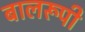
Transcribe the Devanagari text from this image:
बालरूपी